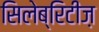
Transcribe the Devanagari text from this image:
सिलेब्रिटीज़